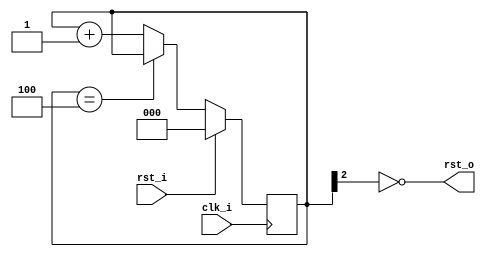
// This program was cloned from: https://github.com/wuxx/Colorlight-FPGA-Projects
// License: Apache License 2.0

module rst_gen (
	input 			clk_i,
	input 			rst_i,
	output			rst_o
);

/* try to generate a reset */
reg [2:0]	rst_cpt;
always @(posedge clk_i) begin
	if (rst_i)
		rst_cpt = 3'b0;
	else begin
		if (rst_cpt == 3'b100)
			rst_cpt = rst_cpt;
		else
			rst_cpt = rst_cpt + 3'b1;
	end
end

assign rst_o = !rst_cpt[2];

endmodule